Vaccination in Bombay 1863-1868 - 1863-1868
Year: 1863
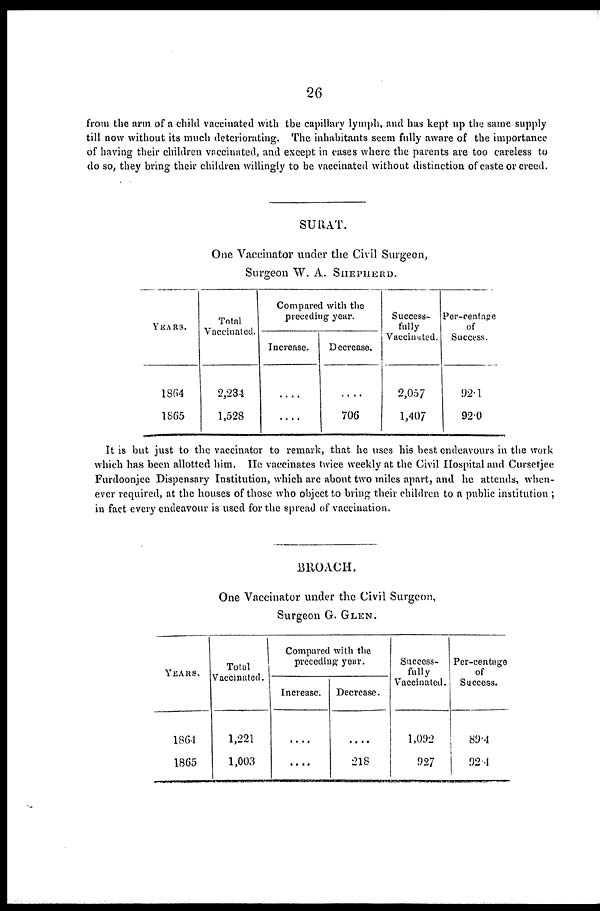
26
from the arm of a child vaccinated with the capillary lymph, and has kept up the same supply
till now without its much deteriorating. The inhabitants seem fully aware of the importance
of having their children vaccinated, and except in cases where the parents are too careless to
do so, they bring their children willingly to be vaccinated without distinction of caste or creed.
SURAT.
One Vaccinator under the Civil Surgeon,
Surgeon W. A. SHEPHERD.
YEARS.
1864
1865
Total
Vaccinated.
2,234
1,528
Compared with the
preceding year.
Increase.
....
....
Decrease.
....
706
Success-
fully
Vaccinated.
2,057
1,407
Per-centage
of
Success.
92.1
92.0
It is but just to the vaccinator to remark, that he uses his best endeavours in the work
which has been allotted him. He vaccinates twice weekly at the Civil Hospital and Cursetjee
Furdoonjee Dispensary Institution, which are about two miles apart, and he attends, when-
ever required, at the houses of those who object to bring their children to a public institution ;
in fact every endeavour is used for the spread of vaccination.
BROACH.
One Vaccinator under the Civil Surgeon,
Surgeon G. GLEN.
YEARS.
1864
1865
Total
Vaccinated.
1,221
1,003
Compared with the
preceding year.
Increase.
....
....
Decrease.
....
218
Success-
fully
Vaccinated.
1,092
927
Per-centage
of
Success.
89.4
92.4